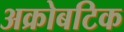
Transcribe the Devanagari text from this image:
अक्रोबटिक